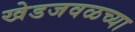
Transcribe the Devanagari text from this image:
खेडजवळच्या